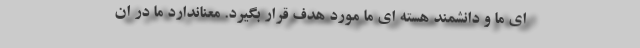
ای ما و دانشمند هسته ای ما مورد هدف قرار بگیرد. معناندارد ما در ان